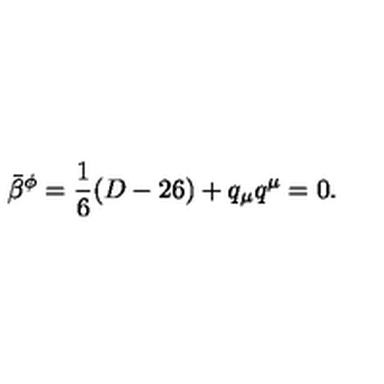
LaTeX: \bar { \beta } ^ { \phi } = \frac { 1 } { 6 } ( D - 2 6 ) + q _ { \mu } q ^ { \mu } = 0 .